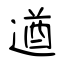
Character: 遒